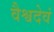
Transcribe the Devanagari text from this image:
वैश्वदेवं